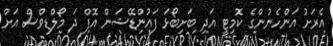
އެރަށު އަންހެނުންގެ ކޮމިޓީ އަދި ބަށިބޯޅަ ފައުންޑޭޝަން އޮފް ދަ މޯލްޑިވްސް އަށް